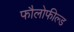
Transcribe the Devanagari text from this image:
फौलोफील्ड